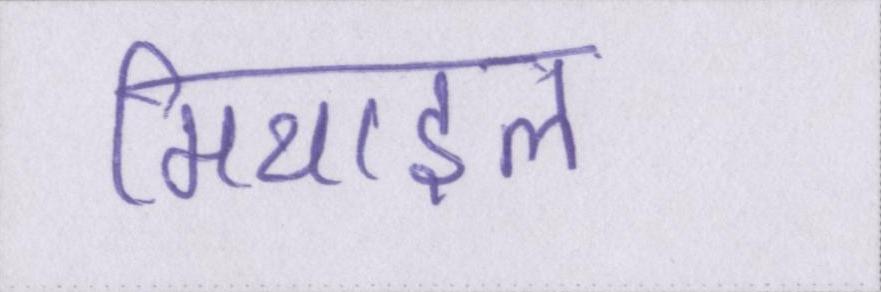
मिथाइल